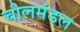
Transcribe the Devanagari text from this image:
चोलमंडल